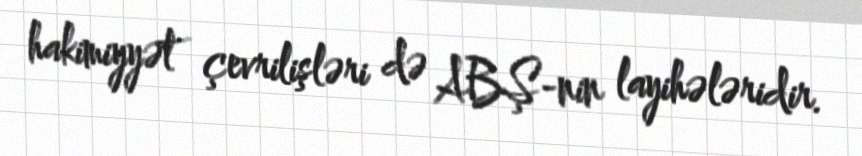
hakimiyyət çevrilişləri də ABŞ-nin layihələridir.